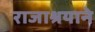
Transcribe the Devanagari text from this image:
राजाश्रयाने